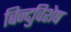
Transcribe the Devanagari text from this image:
बिन्दुविशेष